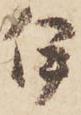
伊